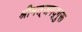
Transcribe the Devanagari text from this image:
श्रीमत्‌जगद्गुरू